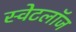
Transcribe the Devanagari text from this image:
स्वेटलॉज